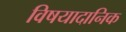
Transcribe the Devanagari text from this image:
विषयादानिक